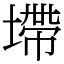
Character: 墆